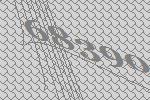
68390